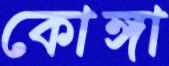
কোঙ্গা